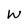
Character: W